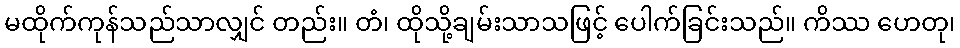
မထိုက်ကုန်သည်သာလျှင် တည်း။ တံ၊ ထိုသို့ချမ်းသာသဖြင့် ပေါက်ခြင်းသည်။ ကိဿ ဟေတု၊